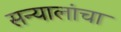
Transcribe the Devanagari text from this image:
सन्यालांचा